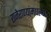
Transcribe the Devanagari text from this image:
राजेराण्यांमधल्या